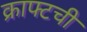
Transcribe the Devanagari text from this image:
क्राफ्टची